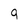
Character: 9